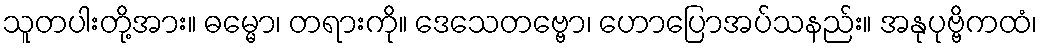
သူတပါးတို့အား။ ဓမ္မော၊ တရားကို။ ဒေသေတဗ္ဗော၊ ဟောပြောအပ်သနည်း။ အနုပုဗ္ဗိကထံ၊